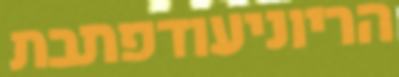
הריוניעודפתבת